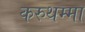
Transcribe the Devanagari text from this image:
करुथम्मा